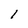
Character: 1